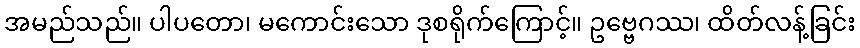
အမည်သည်။ ပါပတော၊ မကောင်းသော ဒုစရိုက်ကြောင့်။ ဥဗ္ဗေဂဿ၊ ထိတ်လန့်ခြင်း